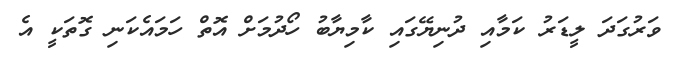
ވަރުގަދަ ލީޑަރު ކަމާއި ދުނިޔޭގައި ކާމިޔާބު ހޯދުމަށް އޮތް ހަމައެކަނި ގޮތަކީ އެ